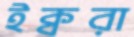
ইক্বরা